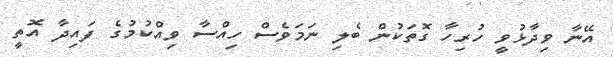
އޭނާ ވިދާޅުވީ ހުރިހާ ގޮތަކުން ބެލި ނަމަވެސް ހިއްސާ ވިއްކުމުގެ ފައިދާ އޮތީ